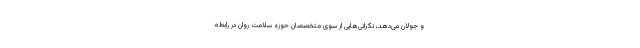
و جولان می‌‌دهد، نگرانی‌هایی از سوی متخصصان حوزه سلامت روان در رابطه